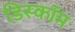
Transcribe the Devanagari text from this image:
डिस्कॉम